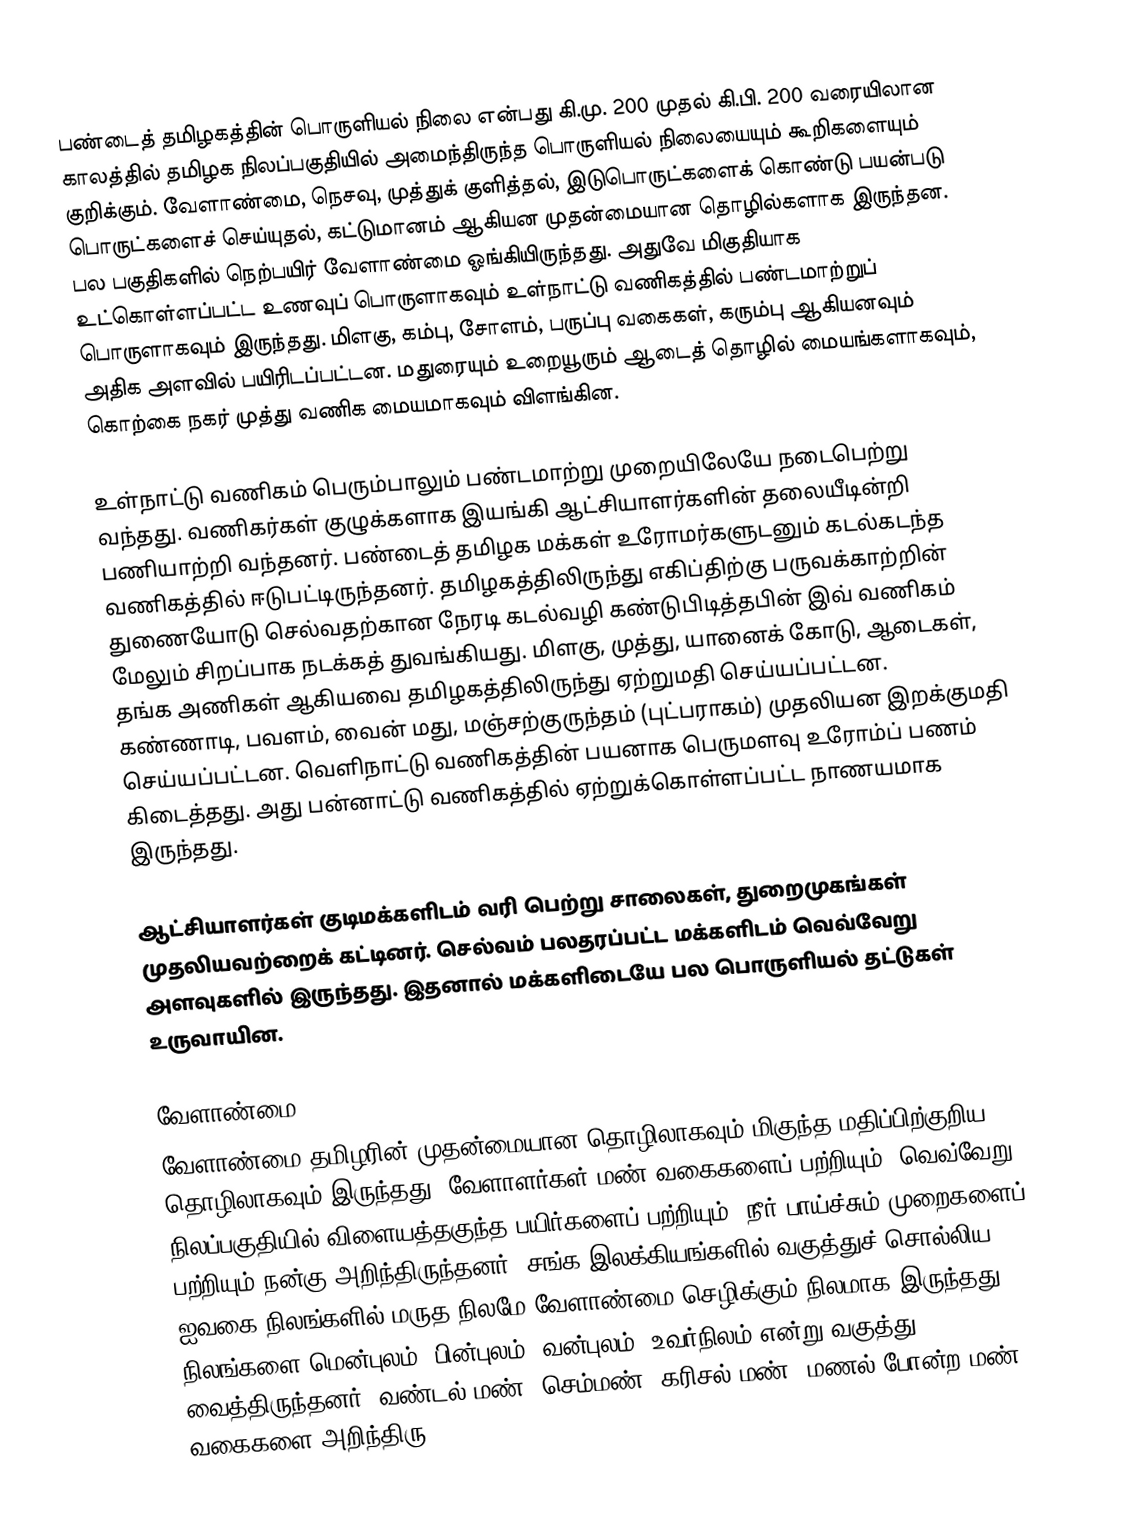
பண்டைத் தமிழகத்தின் பொருளியல் நிலை என்பது கி.மு. 200 முதல் கி.பி. 200 வரையிலான காலத்தில் தமிழக நிலப்பகுதியில் அமைந்திருந்த பொருளியல் நிலையையும் கூறிகளையும் குறிக்கும். வேளாண்மை, நெசவு, முத்துக் குளித்தல், இடுபொருட்களைக் கொண்டு பயன்படு பொருட்களைச் செய்யுதல், கட்டுமானம் ஆகியன முதன்மையான தொழில்களாக இருந்தன. பல பகுதிகளில் நெற்பயிர் வேளாண்மை ஓங்கியிருந்தது. அதுவே மிகுதியாக உட்கொள்ளப்பட்ட உணவுப் பொருளாகவும் உள்நாட்டு வணிகத்தில் பண்டமாற்றுப் பொருளாகவும் இருந்தது. மிளகு, கம்பு, சோளம், பருப்பு வகைகள், கரும்பு ஆகியனவும் அதிக அளவில் பயிரிடப்பட்டன. மதுரையும் உறையூரும் ஆடைத் தொழில் மையங்களாகவும், கொற்கை நகர் முத்து வணிக மையமாகவும் விளங்கின.

உள்நாட்டு வணிகம் பெரும்பாலும் பண்டமாற்று முறையிலேயே நடைபெற்று வந்தது. வணிகர்கள் குழுக்களாக இயங்கி ஆட்சியாளர்களின் தலையீடின்றி பணியாற்றி வந்தனர். பண்டைத் தமிழக மக்கள் உரோமர்களுடனும் கடல்கடந்த வணிகத்தில் ஈடுபட்டிருந்தனர். தமிழகத்திலிருந்து எகிப்திற்கு பருவக்காற்றின் துணையோடு செல்வதற்கான நேரடி கடல்வழி கண்டுபிடித்தபின் இவ் வணிகம் மேலும் சிறப்பாக நடக்கத் துவங்கியது. மிளகு, முத்து, யானைக் கோடு, ஆடைகள், தங்க அணிகள் ஆகியவை தமிழகத்திலிருந்து ஏற்றுமதி செய்யப்பட்டன. கண்ணாடி, பவளம், வைன் மது, மஞ்சற்குருந்தம் (புட்பராகம்) முதலியன இறக்குமதி செய்யப்பட்டன. வெளிநாட்டு வணிகத்தின் பயனாக பெருமளவு உரோம்ப் பணம் கிடைத்தது. அது பன்னாட்டு வணிகத்தில் ஏற்றுக்கொள்ளப்பட்ட நாணயமாக இருந்தது.

ஆட்சியாளர்கள் குடிமக்களிடம் வரி பெற்று சாலைகள், துறைமுகங்கள் முதலியவற்றைக் கட்டினர். செல்வம் பலதரப்பட்ட மக்களிடம் வெவ்வேறு அளவுகளில் இருந்தது. இதனால் மக்களிடையே பல பொருளியல் தட்டுகள் உருவாயின.

வேளாண்மை
வேளாண்மை தமிழரின் முதன்மையான தொழிலாகவும் மிகுந்த மதிப்பிற்குறிய தொழிலாகவும் இருந்தது. வேளாளர்கள் மண் வகைகளைப் பற்றியும், வெவ்வேறு நிலப்பகுதியில் விளையத்தகுந்த பயிர்களைப் பற்றியும், நீர் பாய்ச்சும் முறைகளைப் பற்றியும் நன்கு அறிந்திருந்தனர். சங்க இலக்கியங்களில் வகுத்துச் சொல்லிய ஐவகை நிலங்களில் மருத நிலமே வேளாண்மை செழிக்கும் நிலமாக இருந்தது. நிலங்களை மென்புலம், பின்புலம், வன்புலம், உவர்நிலம் என்று வகுத்து வைத்திருந்தனர். வண்டல் மண், செம்மண், கரிசல் மண், மணல் போன்ற மண் வகைகளை அறிந்திரு